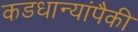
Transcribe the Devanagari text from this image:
कडधान्यांपैकी